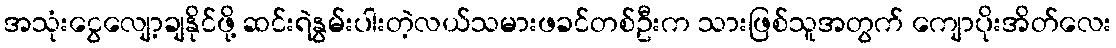
အသုံးငွေလျော့ချနိုင်ဖို့ ဆင်းရဲနွမ်းပါးတဲ့လယ်သမားဖခင်တစ်ဦးက သားဖြစ်သူအတွက် ကျောပိုးအိတ်လေး